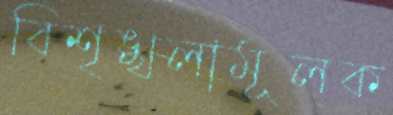
বিশৃঙ্খলামূলক